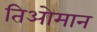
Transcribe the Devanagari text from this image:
तिओमान